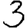
Digit: 3